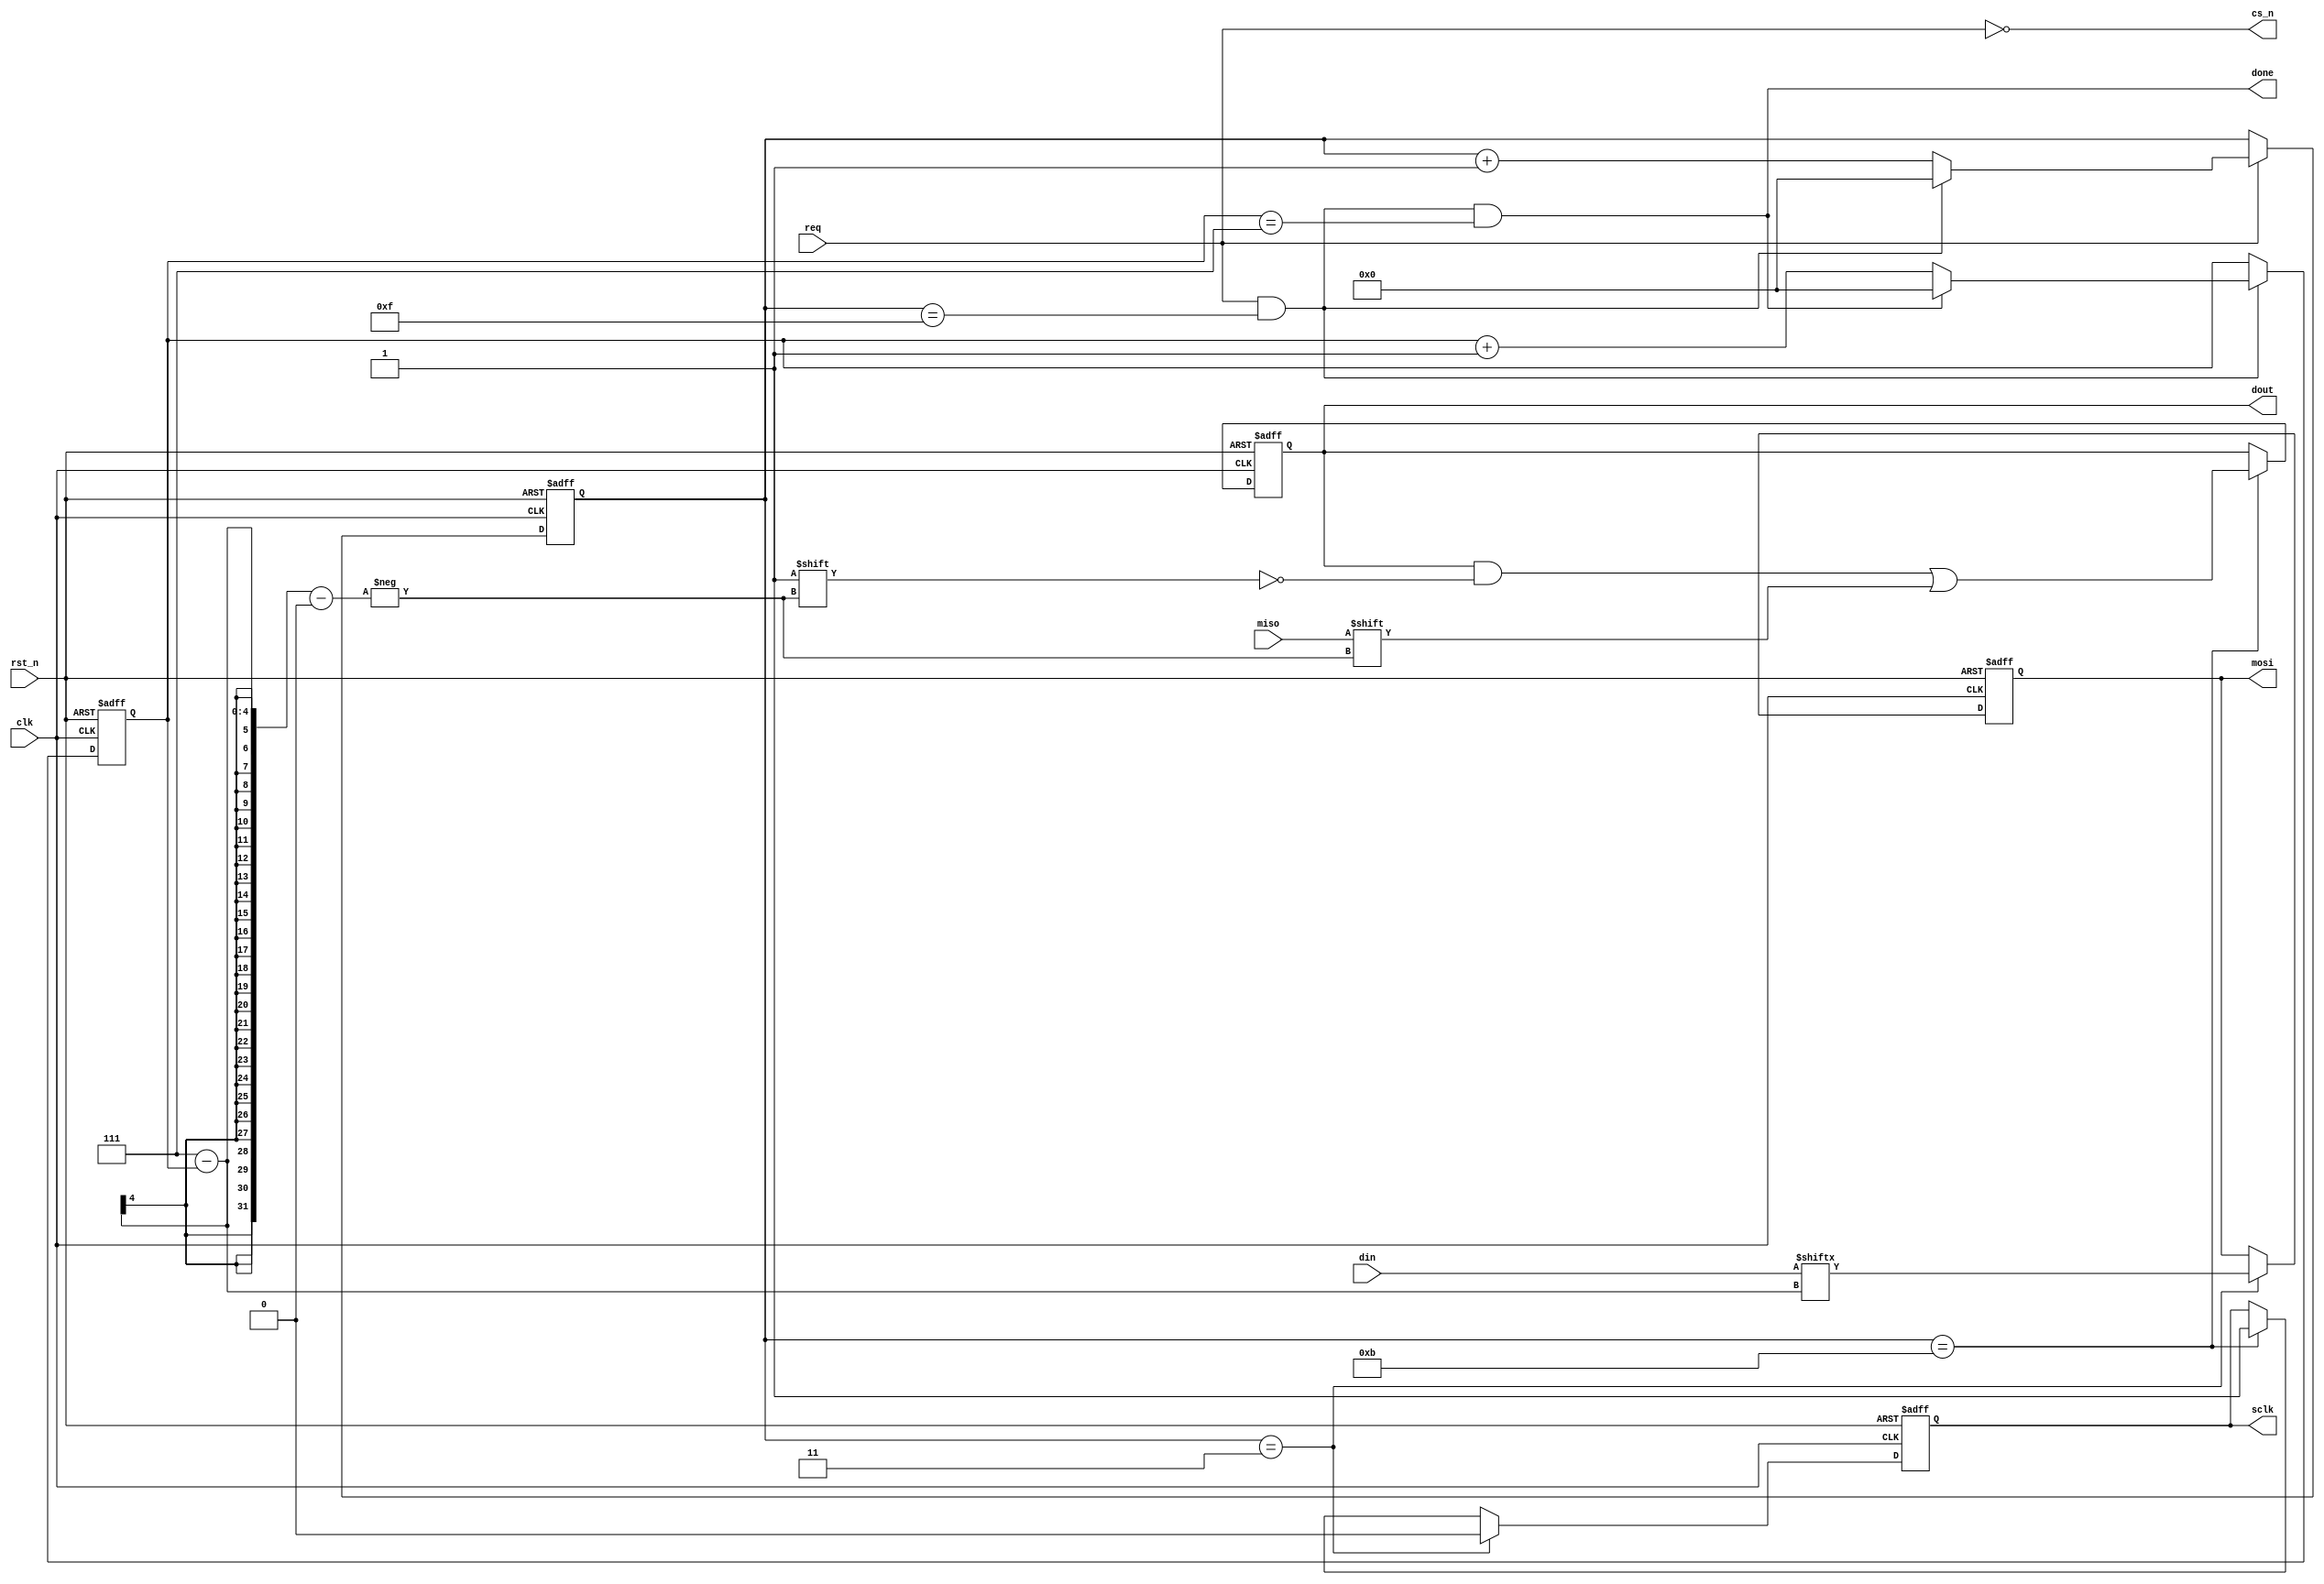
module spi_master(
    input           clk     ,
    input           rst_n   ,

    input           req     ,
    input   [7:0]   din     ,
    output  [7:0]   dout    ,
    output          done    ,

    output          cs_n    ,
    output          mosi    ,
    input           miso    ,
    output          sclk        
      
);

//
    localparam  SCLK_PERIOD = 16,   
                SCLK_FALL   = 4 ,
                SCLK_RISE   = 12;
//
    reg [ 3:0]  cnt_sclk        ;
    wire        add_cnt_sclk    ;
    wire        end_cnt_sclk    ; 

    reg [ 3:0]  cnt_bit         ;
    wire        add_cnt_bit     ;
    wire        end_cnt_bit     ;

    reg         spi_sclk        ;
    reg         spi_mosi        ;
    reg [7:0]   rx_data         ;

//
 
    always @(posedge clk or negedge rst_n) begin 
        if (rst_n==0) begin
            cnt_sclk <= 0; 
        end
        else if(add_cnt_sclk) begin
            if(end_cnt_sclk)
                cnt_sclk <= 0; 
            else
                cnt_sclk <= cnt_sclk+1 ;
       end
    end
    assign add_cnt_sclk = (req);
    assign end_cnt_sclk = add_cnt_sclk  && cnt_sclk == (SCLK_PERIOD)-1 ;
    
    always @(posedge clk or negedge rst_n) begin 
        if (rst_n==0) begin
            cnt_bit <= 0; 
        end
        else if(add_cnt_bit) begin
            if(end_cnt_bit)
                cnt_bit <= 0; 
            else
                cnt_bit <= cnt_bit+1 ;
       end
    end
    assign add_cnt_bit = (end_cnt_sclk);
    assign end_cnt_bit = add_cnt_bit  && cnt_bit == (8)-1 ;

//spi_sclk 3     
    always  @(posedge clk or negedge rst_n)begin
        if(rst_n==1'b0)begin
            spi_sclk <= 1'b1;
        end
        else if(cnt_sclk == SCLK_FALL-1)begin
            spi_sclk <= 1'b0;
        end
        else if(cnt_sclk == SCLK_RISE-1)begin
            spi_sclk <= 1'b1;
        end
    end
//
    always  @(posedge clk or negedge rst_n)begin
        if(rst_n==1'b0)begin
            spi_mosi <= 1'b0;
        end
        else if(cnt_sclk == SCLK_FALL-1)begin
            spi_mosi <= din[7-cnt_bit];
        end
    end
//
    always  @(posedge clk or negedge rst_n)begin
        if(rst_n==1'b0)begin
            rx_data <= 0;
        end
        else if(cnt_sclk == SCLK_RISE-1)begin
            rx_data[7-cnt_bit] <= miso;
        end
    end

//
    assign sclk = spi_sclk;
    assign mosi = spi_mosi;
    assign cs_n = ~req;
    assign done = end_cnt_bit;
    assign dout = rx_data;

endmodule